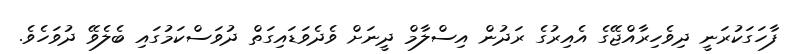
ފާހަގަކުރަނީ ދިވެހިރާއްޖޭގެ އެއިރުގެ ރަދުން އިސްލާމް ދީނަށް ވެދެވަޑައިގަތް ދުވަސްކަމުގައި ބެލެވޭ ދުވަހެވެ.